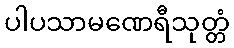
ပါပသာမဏေရီသုတ္တံ